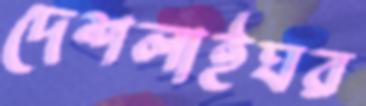
দেশলাইঘর